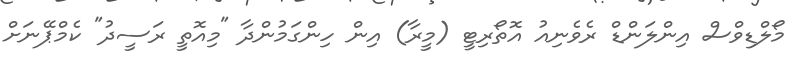
މޯލްޑިވްސް އިންލަންޑް ރެވެނިއު އޮތޯރިޓީ (މީރާ) އިން ހިންގަމުންދާ "މިއޮތީ ރަސީދު" ކެމްޕޭނަށް